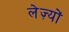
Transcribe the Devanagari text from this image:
लेज़्यों